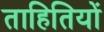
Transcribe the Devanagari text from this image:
ताहितियों